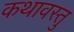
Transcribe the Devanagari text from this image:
कथावस्‍तु